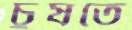
চুষতে